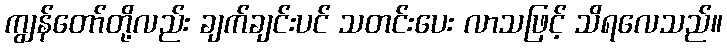
ကျွန်တော်တို့လည်း ချက်ချင်းပင် သတင်းပေး လာသဖြင့် သိရလေသည်။